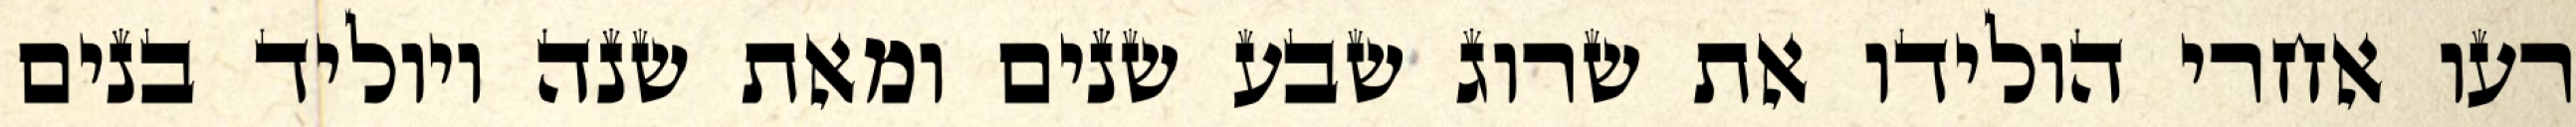
רעו אחרי הולידו את שרוג שבע שנים ומאת שנה ויוליד בנים